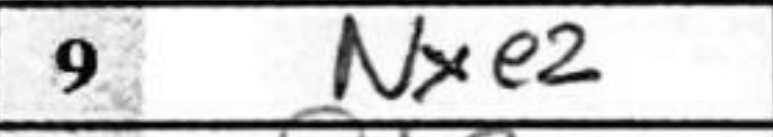
Transcription: Nxe2